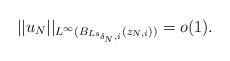
LaTeX: \begin{align*}||u_N||_{L^\infty(B_{Ls_{\delta_N,i}}(z_{N,i}))}=o(1).\end{align*}